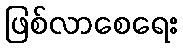
ဖြစ်လာစေရေး